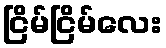
ငြိမ်ငြိမ်လေး